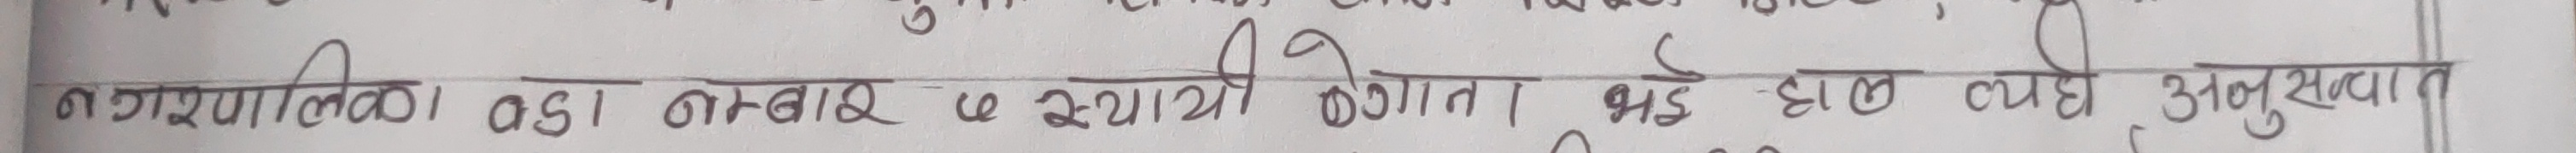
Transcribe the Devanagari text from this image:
नगरपालिका का अस नम्बर २ के स्थायी केगात भइ हाल त्यही अनुसार